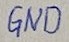
Text: GND